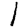
Digit: 1